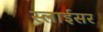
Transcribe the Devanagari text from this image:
स्‍लाईसर